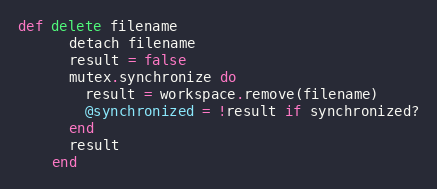
Language: Ruby
def delete filename
      detach filename
      result = false
      mutex.synchronize do
        result = workspace.remove(filename)
        @synchronized = !result if synchronized?
      end
      result
    end